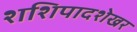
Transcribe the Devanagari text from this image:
शशिपादशेखर